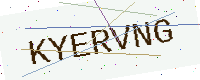
Text: KYERVNG